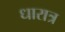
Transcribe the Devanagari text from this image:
धारात्र